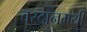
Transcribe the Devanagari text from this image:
वरदानमयी